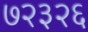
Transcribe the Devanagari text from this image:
७२३२६